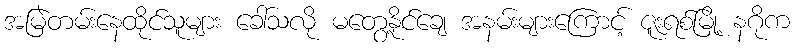
အမြဲတမ်းနေထိုင်သူများ ခေါ်သလို မတွေ့နိုင်ချေ အနမ်းများကြောင့် ဇူးရစ်မြို့ နဂိုက